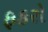
ફકરો